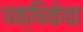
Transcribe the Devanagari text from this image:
पक्षिकेचा